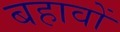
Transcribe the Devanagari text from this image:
बहावों